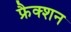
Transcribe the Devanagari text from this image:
फ्रैक्शन